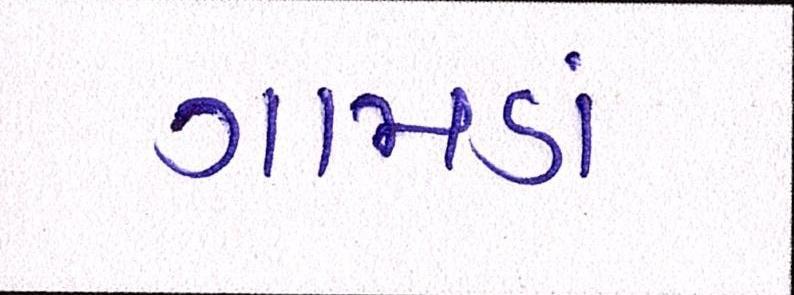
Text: ગામડાં